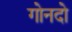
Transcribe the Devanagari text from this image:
गोनदो